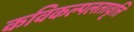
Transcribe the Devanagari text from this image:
कविकल्पलतावृत्ति